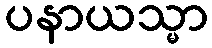
ပနာယသ္မာ